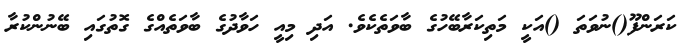
ކަރަންފޫ()ނުވަތަ ()އަކީ މަތިކަރާބޭހުގެ ބާވަތެކެވެ. އަދި މިއީ ހަވާދުގެ ބާވަތެއްގެ ގޮތުގައި ބޭނުންކުރާ